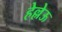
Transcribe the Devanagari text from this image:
हेल्लेऊ